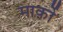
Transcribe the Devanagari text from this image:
मार्को